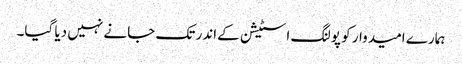
ہمارے امیدوار کو پولنگ اسٹیشن کےاندر تک جانے نہیں دیا گیا۔